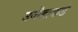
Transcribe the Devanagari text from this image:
उजेडाकडे